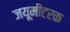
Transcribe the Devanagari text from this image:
जयूमीटरक